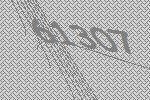
61307